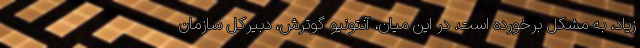
زیاد، به مشکل برخورده است. در این میان، آنتونیو گوترش، دبیرکل سازمان